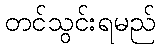
တင်သွင်းရမည်